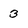
Character: 3